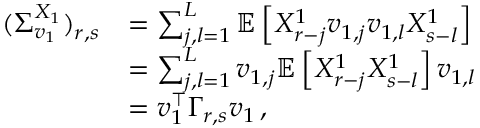
\begin{array} { r l } { ( \Sigma _ { \boldsymbol { v } _ { 1 } } ^ { X _ { 1 } } ) _ { r , s } } & { = \sum _ { j , l = 1 } ^ { L } \mathbb E \left[ X _ { r - j } ^ { 1 } \boldsymbol { v } _ { 1 , j } \boldsymbol { v } _ { 1 , l } X _ { s - l } ^ { 1 } \right] } \\ & { = \sum _ { j , l = 1 } ^ { L } \boldsymbol { v } _ { 1 , j } \mathbb E \left[ X _ { r - j } ^ { 1 } X _ { s - l } ^ { 1 } \right] \boldsymbol { v } _ { 1 , l } } \\ & { = \boldsymbol { v } _ { 1 } ^ { \top } \Gamma _ { r , s } \boldsymbol { v } _ { 1 } \, , } \end{array}